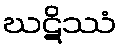
ဃဋိဿံ